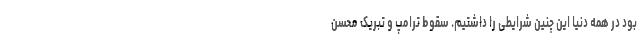
بود در همه دنیا این چنین شرایطی را داشتیم. سقوط ترامپ و تبریک محسن